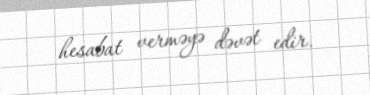
hesabat verməyə dəvət edir.